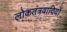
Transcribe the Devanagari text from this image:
लोकतंत्रवादियों